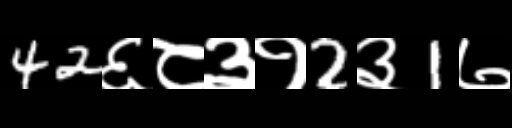
Text: 42६८३१2३1७